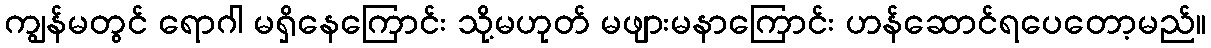
ကျွန်မတွင် ရောဂါ မရှိနေကြောင်း သို့မဟုတ် မဖျားမနာကြောင်း ဟန်ဆောင်ရပေတော့မည်။